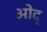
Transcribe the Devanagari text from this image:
ओद्